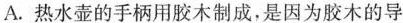
A.热水壶的手柄用胶木制成，是因为胶木的导